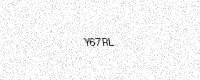
Text: Y67RL